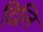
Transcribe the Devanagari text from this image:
दिलि